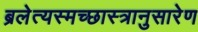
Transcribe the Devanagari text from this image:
ब्रलेत्यस्मच्छास्त्रानुसारेण